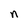
Character: n